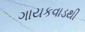
ગાયકવાડથી